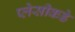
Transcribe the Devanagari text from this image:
प्लेसीकडे